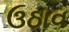
ઉઠાવ